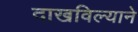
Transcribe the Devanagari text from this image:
दाखविल्याने